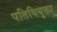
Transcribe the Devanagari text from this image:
पतिवियुक्ता